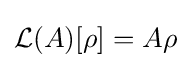
{\mathcal {L}}(A)[\rho ]=A\rho